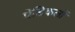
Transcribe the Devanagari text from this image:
पेडिकलों